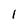
Character: 1